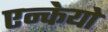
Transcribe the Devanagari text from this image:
एन्केयो